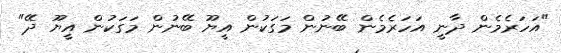
"އަހަރެމެން ދާނީ އަހަރެމެން ބޭނުން މަގަކުން އީޔޫ ބޭނުން މަގަކުން އީޔޫ ދޭ"